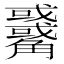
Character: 𧥑